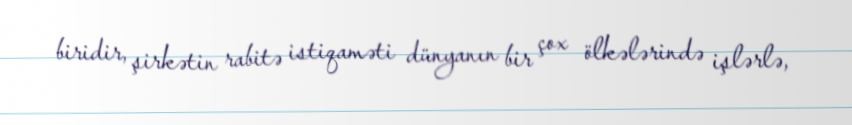
biridir, şirkətin rabitə istiqaməti dünyanın bir çox ölkələrində işlərlə,